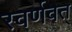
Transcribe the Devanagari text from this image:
स्वर्णवत्